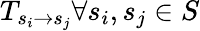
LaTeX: T_{s_{i}\rightarrow s_{j}}\forall s_{i},s_{j}\in S